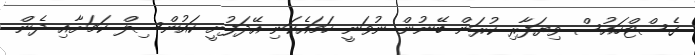
ގެސްޓްހައުސް ވިޔަފާރި ކުރަން ބޭނުން ނުވަނީ ހަމައެކަނި އޭދަފުށީ ކައުންސިލް ކަމަށާއި ދެން